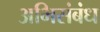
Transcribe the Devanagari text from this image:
अभिसंबंध